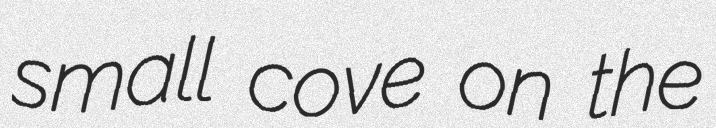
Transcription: small cove on the